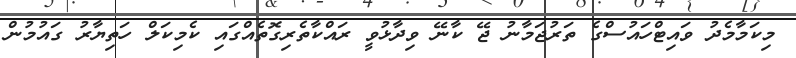
މިކަމާމެދު ވައިޓްހައުސްގެ ތަރުޖަމާނު ޖޭ ކާނޭ ވިދާޅުވީ ރައްކާތެރިގޮތެއްގައި ކެމިކަލް ހަތިޔާރު ގައުމުން